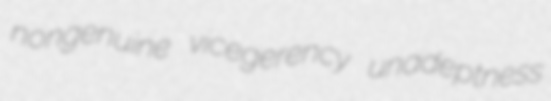
nongenuine vicegerency unadeptness